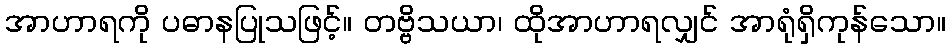
အာဟာရကို ပဓာနပြုသဖြင့်။ တဗ္ဗိသယာ၊ ထိုအာဟာရလျှင် အာရုံရှိကုန်သော။